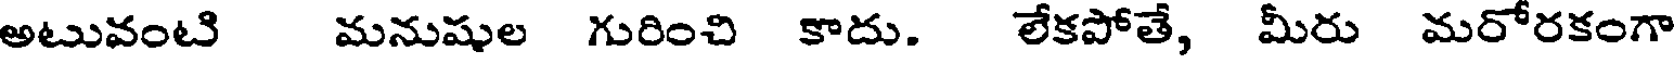
అటువంటి మనుషుల గురించి కాదు. లేకపోతే, మీరు మరోరకంగా